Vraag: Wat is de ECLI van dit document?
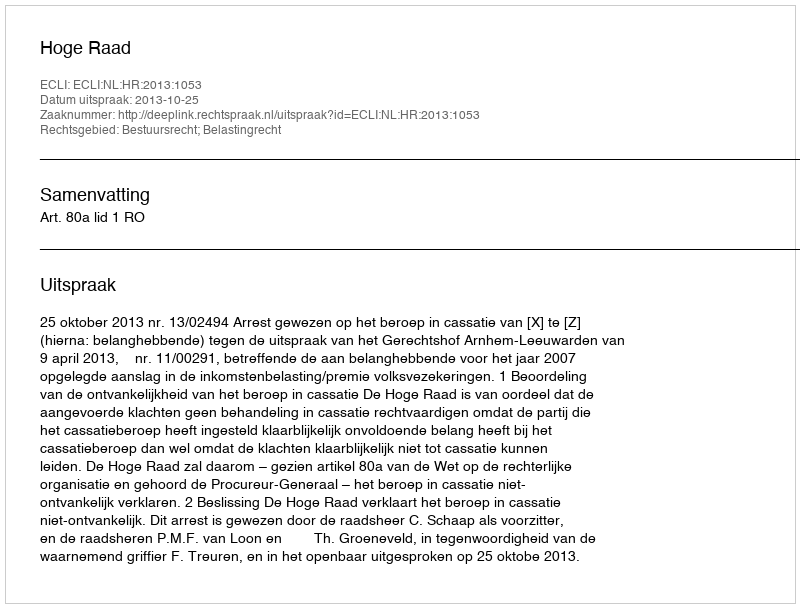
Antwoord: ECLI:NL:HR:2013:1053